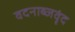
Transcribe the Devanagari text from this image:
वदनाब्जवृंद